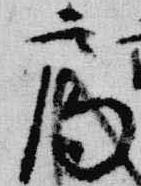
局